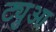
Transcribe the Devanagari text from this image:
ट्युआ